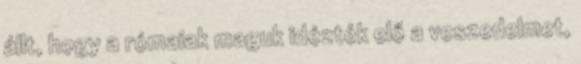
állt, hogy a rómaiak maguk idézték elő a veszedelmet,